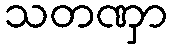
သတဏှာ